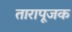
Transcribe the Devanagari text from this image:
तारापूजक